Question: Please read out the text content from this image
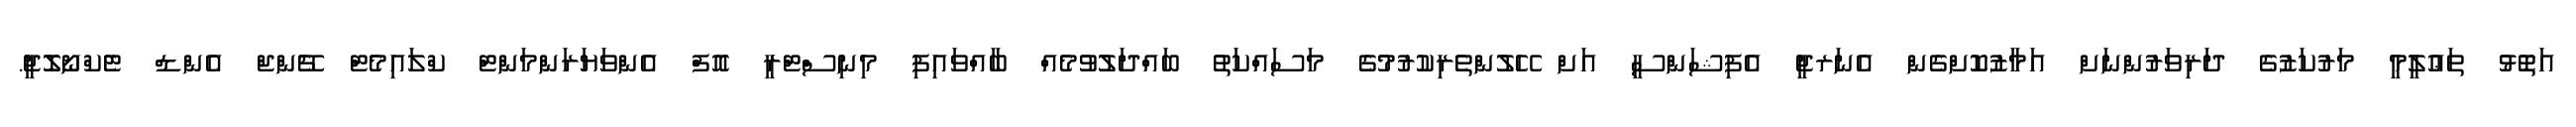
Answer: އަތޮޅު ތަޢުލީމީ މަރުކަޒުގެ ދަރިވަރުންނަށް އަމާޒުކޮށްގެން އެނަރޖީ އެފިޝަންސީ އަށް ހޭލުންތެރިކުރުމުގެ މަސައްކަތު ބައްދަލުވުމެއް ބާއްވައިފި މިނިސްޓްރީ އޮފް އެންވަޔަރަންމަންޓް ކްލައިމެޓް ޗޭންޖް އެންޑް ޓެކްނޯލޮޖީ.